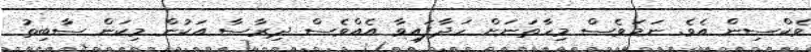
ވެކްސިން އެވެ. ނަމަވެސް މިހާތަނަށް ހަދާފައިވާ އެއްވެސް ދިރާސާ އަކުން މިކަން ސާބިތު